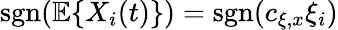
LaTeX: \textup{sgn}(\mathbb{E}\{ X_{i}(t)\} )=\textup{sgn}(c_{\xi,x}\xi_{i})